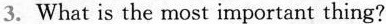
3. What is the most important thing?